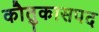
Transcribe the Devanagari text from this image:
काैतुकासपद